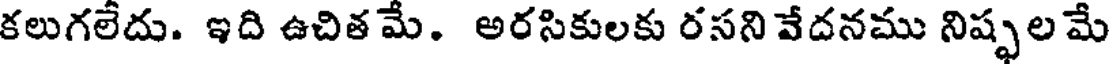
కలుగలేదు. ఇది ఉచిత మే. అరసికులకు రసని వేదనము నిష్ఫల మే